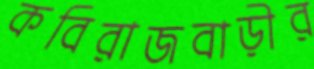
কবিরাজবাড়ীর